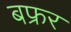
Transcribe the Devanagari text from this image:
बफ्रर